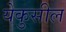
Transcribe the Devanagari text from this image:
येकुसील